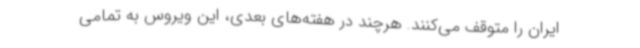
ایران را متوقف می‌کنند. هرچند در هفته‌های بعدی، این ویروس به تمامی